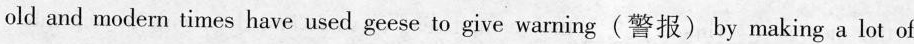
old and modern times have used geese to give warning(警报) by making a lot of